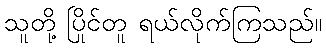
သူတို့ ပြိုင်တူ ရယ်လိုက်ကြသည်။